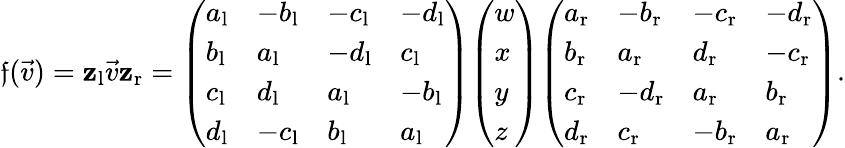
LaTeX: \mathfrak{f}({\vec{{v}}})=\mathbf{{z}}_{\mathrm{{{l}}}}{\vec{{v}}}\mathbf{{z}}_{\mathrm{{{r}}}}={\left(\begin{array}{llll}{a_{\mathrm{{l}}}}&{-b_{\mathrm{{l}}}}&{-c_{\mathrm{{l}}}}&{-d_{\mathrm{{l}}}}\\ {b_{\mathrm{{l}}}}&{a_{\mathrm{{l}}}}&{-d_{\mathrm{{l}}}}&{c_{\mathrm{{l}}}}\\ {c_{\mathrm{{l}}}}&{d_{\mathrm{{l}}}}&{a_{\mathrm{{l}}}}&{-b_{\mathrm{{l}}}}\\ {d_{\mathrm{{l}}}}&{-c_{\mathrm{{l}}}}&{b_{\mathrm{{l}}}}&{a_{\mathrm{{l}}}}\end{array}\right)}{\left(\begin{array}{l}{w}\\ {x}\\ {y}\\ {z}\end{array}\right)}{\left(\begin{array}{llll}{a_{\mathrm{{r}}}}&{-b_{\mathrm{{r}}}}&{-c_{\mathrm{{r}}}}&{-d_{\mathrm{{r}}}}\\ {b_{\mathrm{{r}}}}&{a_{\mathrm{{r}}}}&{d_{\mathrm{{r}}}}&{-c_{\mathrm{{r}}}}\\ {c_{\mathrm{{r}}}}&{-d_{\mathrm{{r}}}}&{a_{\mathrm{{r}}}}&{b_{\mathrm{{r}}}}\\ {d_{\mathrm{{r}}}}&{c_{\mathrm{{r}}}}&{-b_{\mathrm{{r}}}}&{a_{\mathrm{{r}}}}\end{array}\right)}.